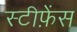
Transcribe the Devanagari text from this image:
स्टीफ़ेंस